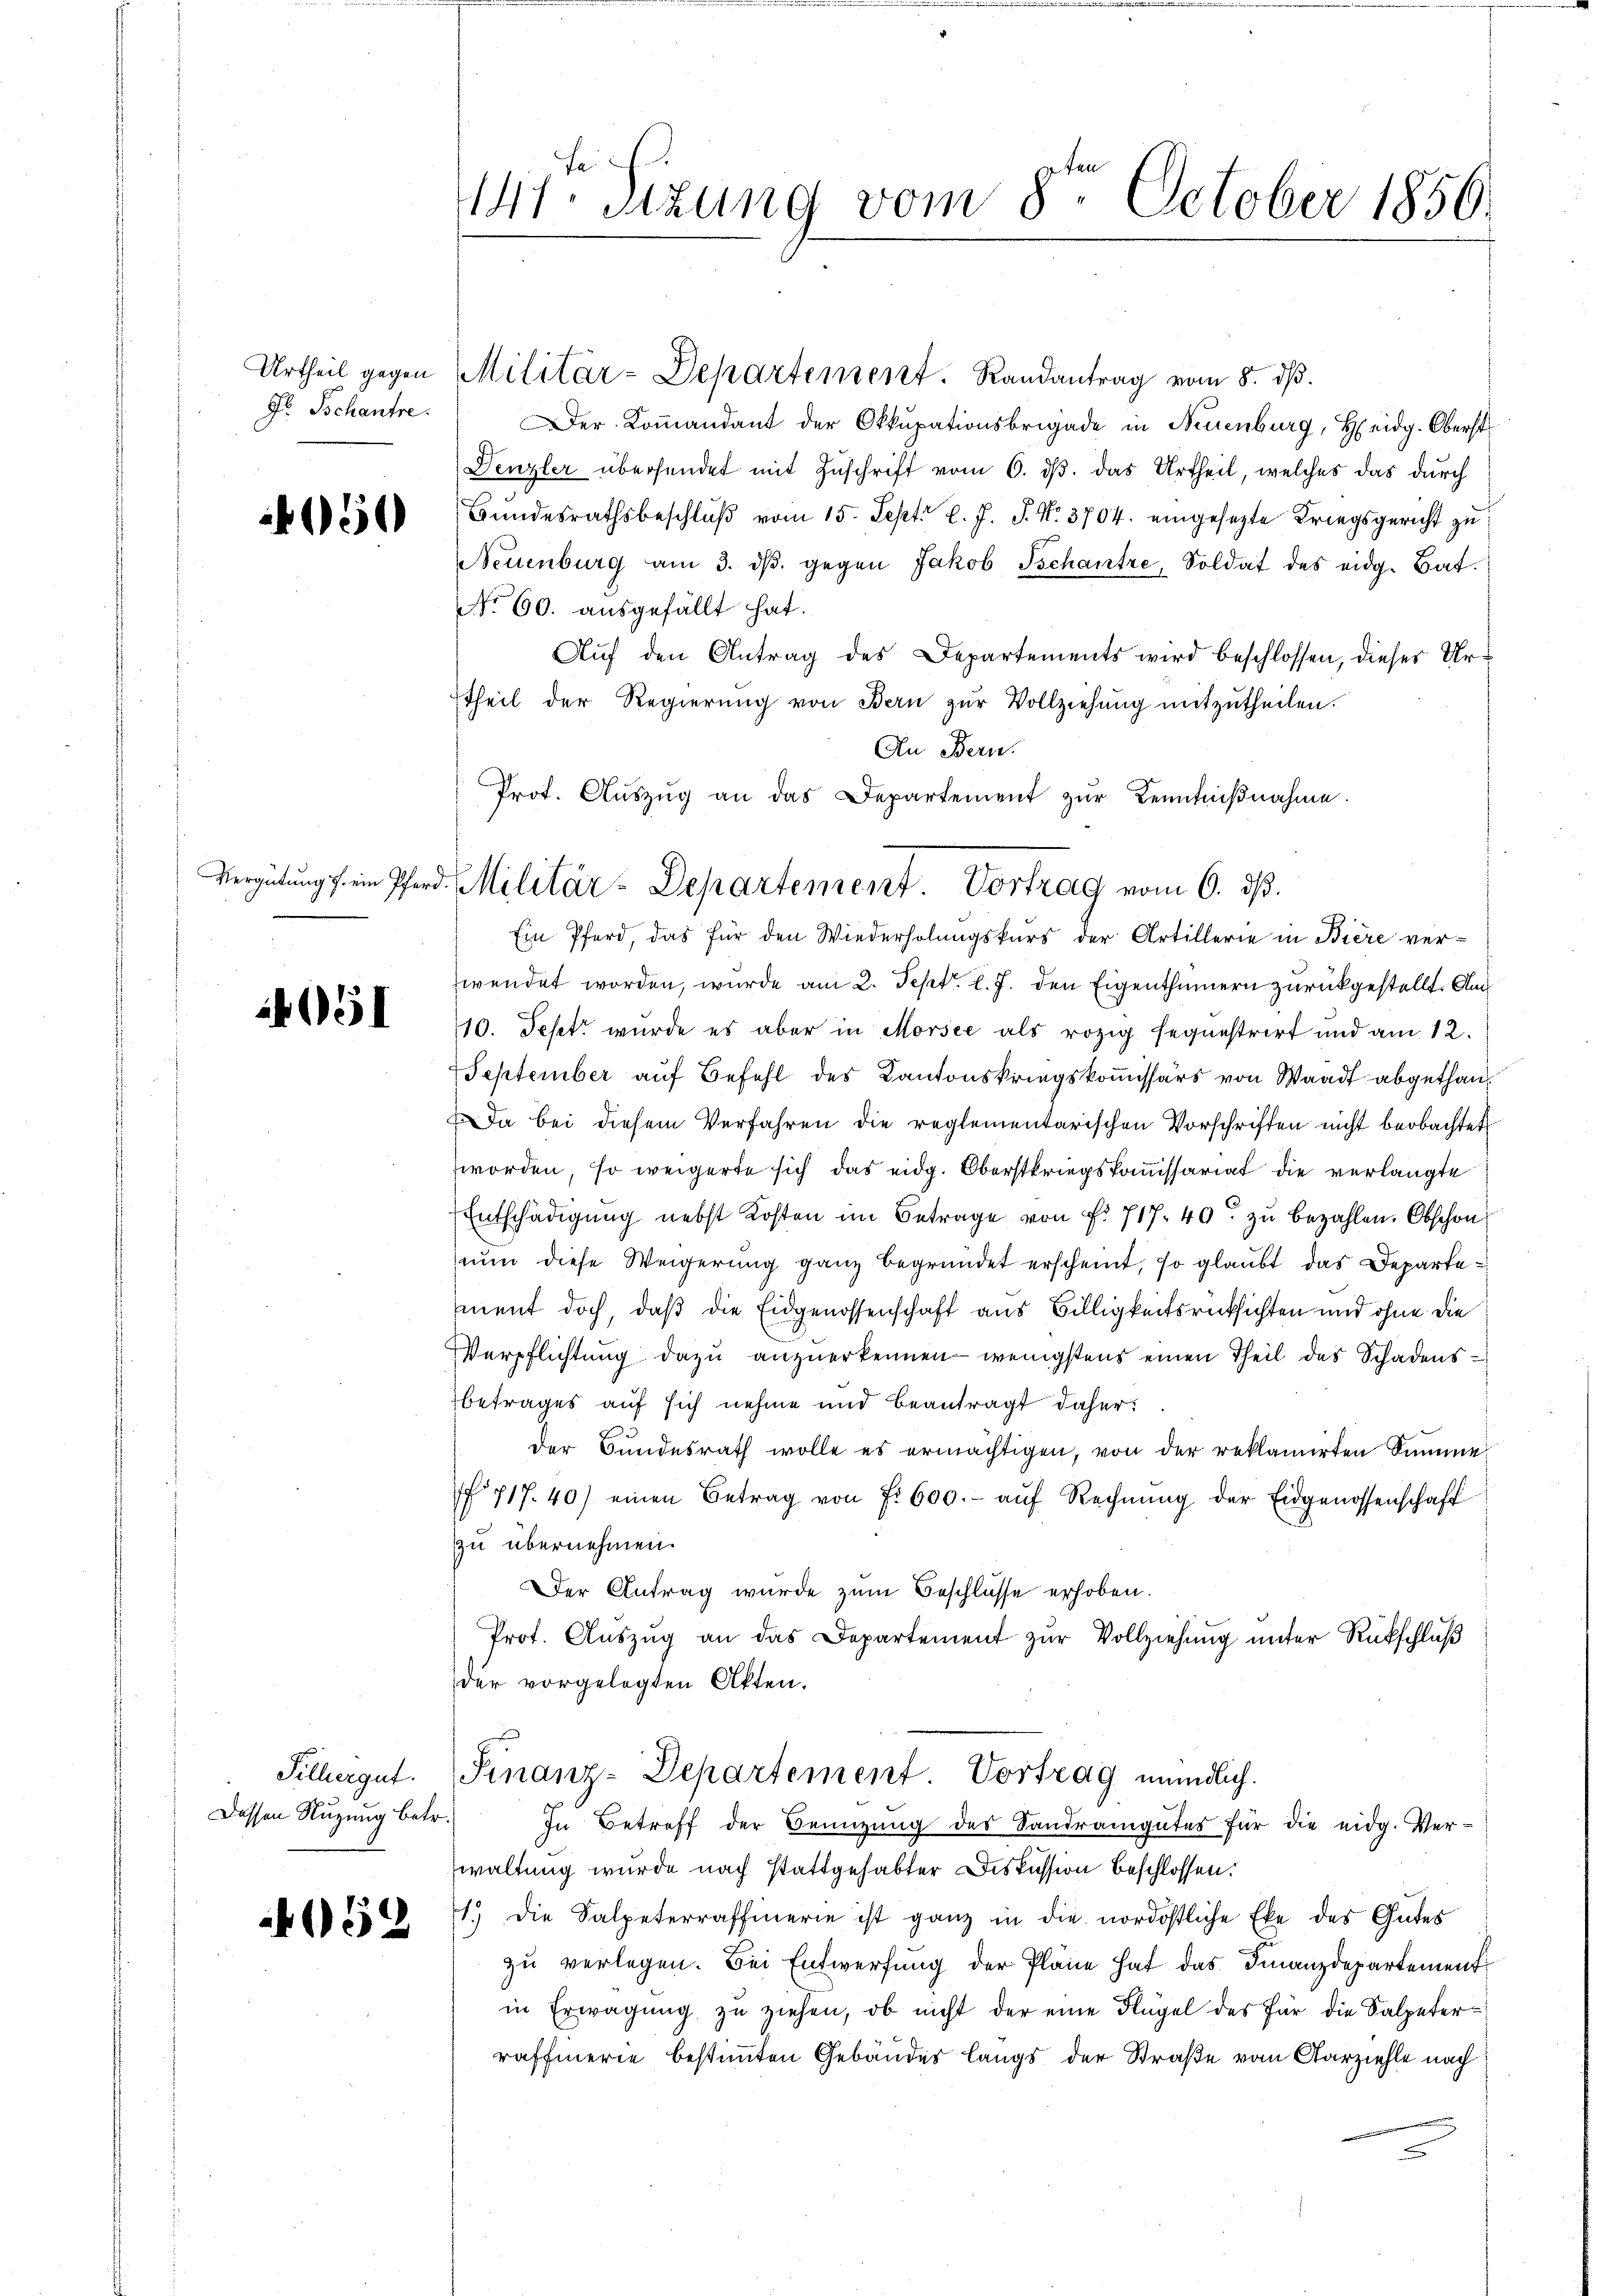
Urtheil gegen

150

151

Silbergut.
Dessen Nuzung betr.
059

441. Sitzung vom 8. October 1856.

Militär-Departement. Randantrag vom 8. dβ.
Jb. Schantre: Der Koṁandant der Okkupationsbrigade in Neuenburg, Heidg. Oberst
Denzler übersendet mit Zuschrift vom 6. ds. das Urtheil, welches das durch
Bŭndesrathsbeschlŭβ vom 15. Sept. l. J. J. No. 3704. eingesezte Kriegsgericht zu
Neuenburg am 3. dβ. gegen Jakob Tschantre, Soldat des eidg. Bat.
No 60. ausgefällt hat.
Auf den Antrag des Departements wird beschlossen, dieses Urtheil der Regierŭng von Bern zŭr Vollziehŭng mitzŭtheilen.
An Bern.
Prot. Aŭszŭg an das Departement zŭr Kenntniβnahme.

Vergütung s. im Pferd. Militär-Departement. Vortrag vom 6. d.

Ein Pferd, das für den Wiederholungskurs der Artillerie in Biere verwendet worden, wurde am 2. Sept. l. J. den Eigenthümern zurückgestellt. Am
10. Jest wurde es aber in Morsee als rozig sequestrirt und am 12.
September auf Befehl des Kantonskriegskoṁissärs von Waadt abgethan,
Da bei diesem Verfahren die reglementarischen Vorschriften nicht beobachtet
worden, so weigerte sich das eidg. Oberstkriegskommissariat die verlangte
Entschädigŭng nebst Kosten im Betrage von f. 717. 40. zŭ bezahlen. Obschon
nun diese Weigerung ganz begründet erscheint, so glaubt das Departement doch, daß die Eidgenossenschaft aus Billigkeitsrücksichten und ohne die
Verpflichtung dazu anzuerkennen wenigstens einen Theil des Schadensbetrages auf sich nehme und beantragt daher:
der Bundesrath wolle es ermächtigen, von der reklamirten Summe
f. 717. 40) einen Betrag von f. 600.- aŭf Rechnŭng der Eidgenossenschaft
zu übernehmen.
Der Antrag wurde zum Beschlüsse erhoben.
Prot. Auszug an das Departement zur Vollziehung unter Rückschluß
der vorgelegten Akten.
Finanz-Departement. Vortrag mündlich.
In Betreff der Beizŭng des Sandrangutes für die eidg. Ver-
waltung wurde nach stattgehabter Diskussion beschlossen:
1.) Die Salpeterraffinerie ist ganz in die nordöstliche Eke des Gutes
zu verlegen. Bei Entwerfung der Pläne hat das Finanzdepartement
in Erwägŭng zŭ ziehen, ob nicht der eine Flügel des für die Salpeterraffmerie bestimmten Gebäudes längs der Straße vom Parziehle nach